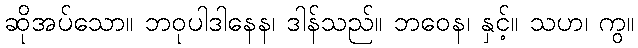
ဆိုအပ်သော။ ဘဝုပါဒါနေန၊ ဒါန်သည်။ ဘဝေန၊ နှင့်။ သဟ၊ ကွ။